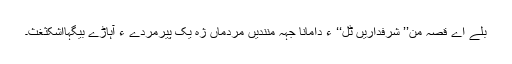
بلے اے قصہ من’’ شرفداریں ٹُل‘‘ ءِ دامانا جہہ منندیں مردماں ژہ یک پیرمردے ءَ آہاڑے بیگہااشکثغث۔